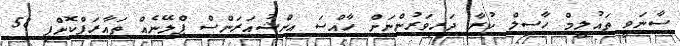
ސާނަވީ ތައުލީމް ހާސިލް ކުރާ ދަރިވަރުންނަށް ހާއްސަ އިންޝުއަރަންސް ޕްލޭނެއް ތައާރަފްކޮށްފި 58